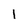
Character: 1